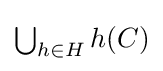
{\textstyle \bigcup _{h\in H}h(C)}